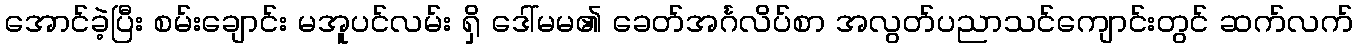
အောင်ခဲ့ပြီး စမ်းချောင်း မအူပင်လမ်း ရှိ ဒေါ်မမ၏ ခေတ်အင်္ဂလိပ်စာ အလွတ်ပညာသင်ကျောင်းတွင် ဆက်လက်